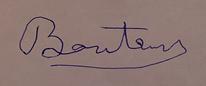
Signature authenticity: forged